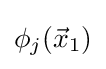
\phi _{j}({\vec {x}}_{1})